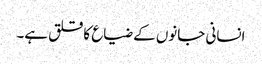
انسانی جانوں کے ضیاع کا قلق ہے۔